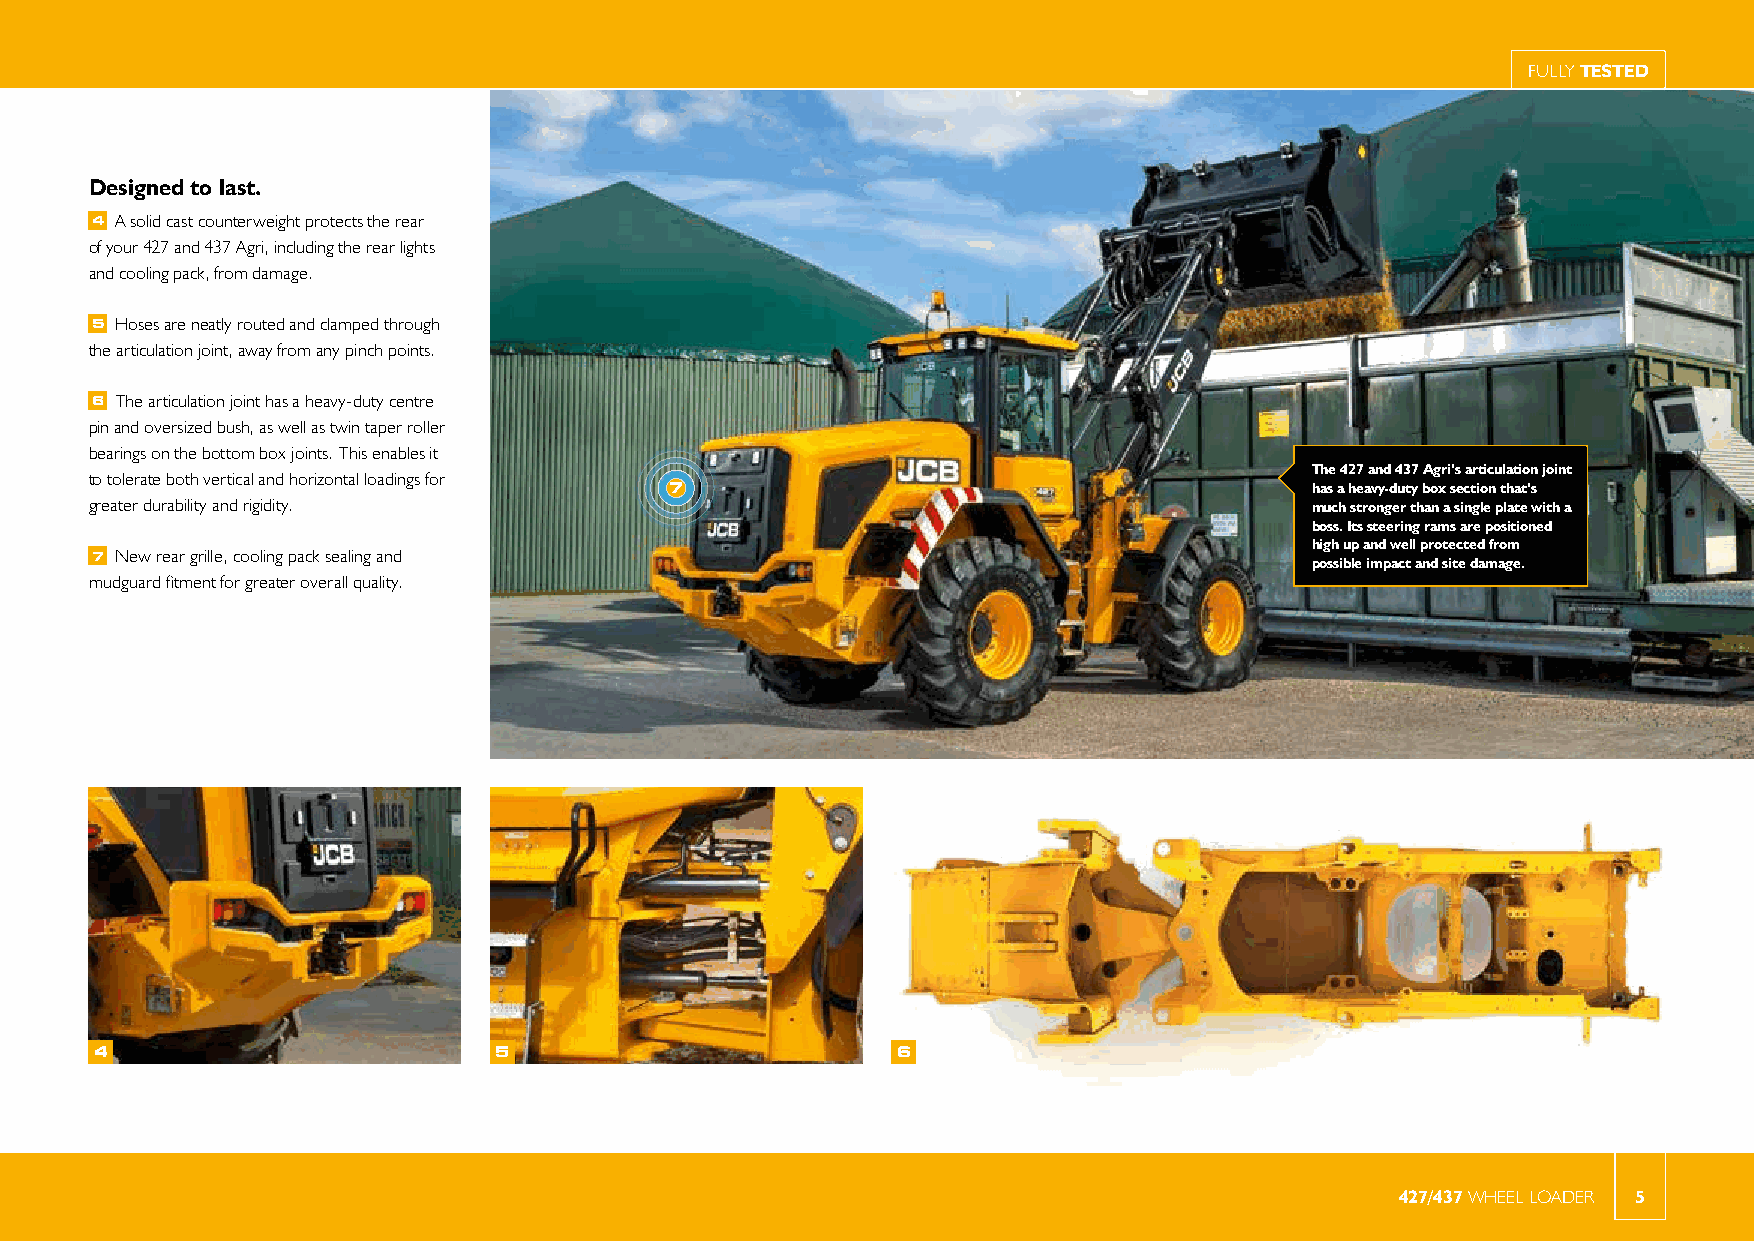
FULLY TESTED
 Designed to last.
 4 A solid cast counterweight protects the rear
 of your 427 and 437 Agri, including the rear lights
 and cooling pack, from damage.
 5 Hoses are neatly routed and clamped through
 the articulation joint, away from any pinch points.
 6 The articulation joint has a heavy-duty centre
 pin and oversized bush, as well as twin taper roller
 bearings on the bottom box joints. This enables it
 The 427 and 437 Agri’s articulation joint
 to tolerate both vertical and horizontal loadings for
 7                                          has a heavy-duty box section that’s
 greater durability and rigidity.                                                 much stronger than a single plate with a
 boss. Its steering rams are positioned
 high up and well protected from
 7 New rear grille, cooling pack sealing and                                      possible impact and site damage.
 mudguard fitment for greater overall quality.
 4                          5                         6
 427/437 WHEEL LOADER 5